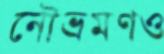
নৌভ্রমণও